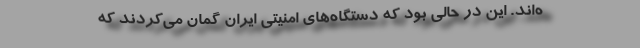
ه‌اند. این در حالی بود که دستگاه‌های امنیتی ایران گمان می‌کردند که